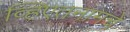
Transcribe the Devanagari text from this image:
व्हिएतनामचे